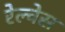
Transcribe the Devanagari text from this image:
रेल्वेस